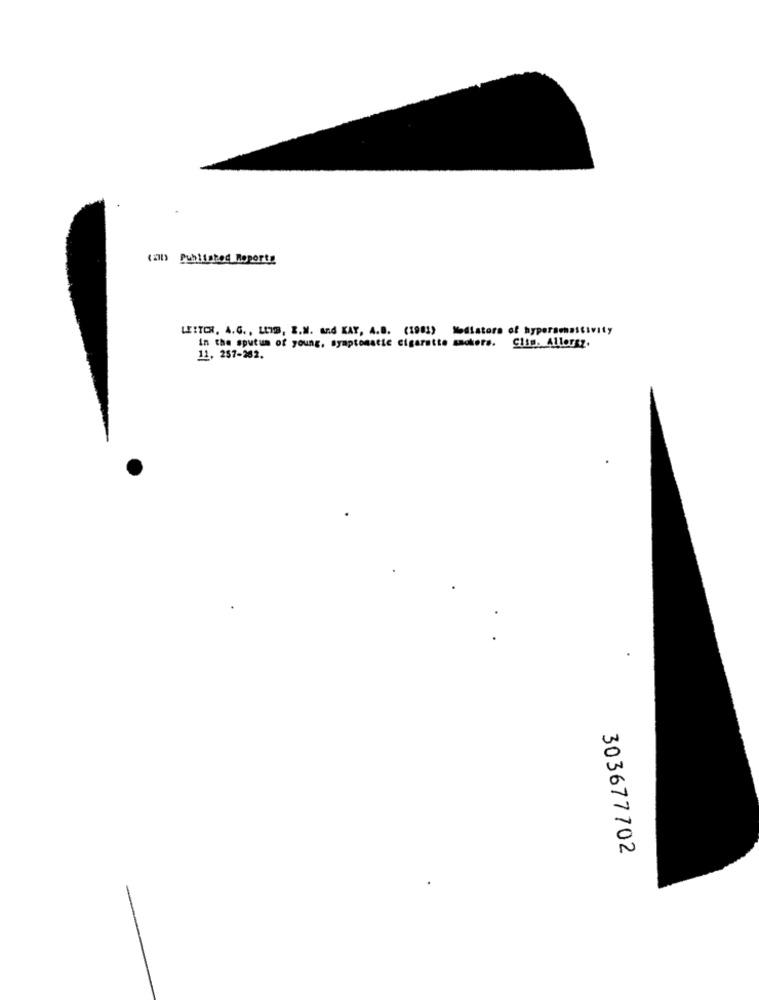
(ab) Published Reports
LEITOR, A.G. , LUIS, E.M. and KAY, A.B. (1981)
Modistors of hypersmsstivity
. 41lorsz.
in the sputum of young, symptomstie cigarette saukere.
11, 257-282.
303677702